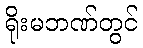
ရိုးမဘဏ်တွင်